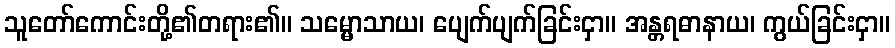
သူတော်ကောင်းတို့၏တရား၏။ သမ္မောသာယ၊ ပျေက်ပျက်ခြင်းငှာ။ အန္တရဓာနာယ၊ ကွယ်ခြင်းငှာ။